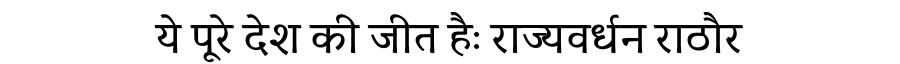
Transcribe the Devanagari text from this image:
ये पूरे देश की जीत हैः राज्यवर्धन राठौर